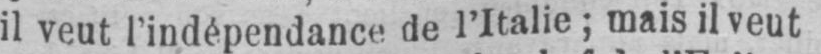
il veut l’indépendance de l’Italie; mais il veut